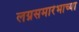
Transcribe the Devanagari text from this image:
लग्नसमारंभाच्या